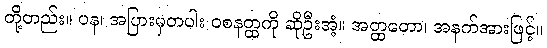
တို့တည်း။ ပန၊ အပြားမှတပါး ဝစနတ္ထကို ဆိုဦးအံ့။ အတ္ထတော၊ အနက်အားဖြင့်။